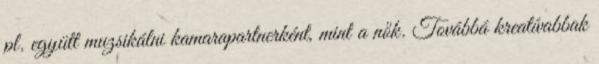
pl. együtt muzsikálni kamarapartnerként, mint a nők. Továbbá kreatívabbak